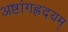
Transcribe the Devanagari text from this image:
अष्टांगह्रदयम्